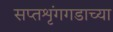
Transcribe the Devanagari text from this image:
सप्तशृंगगडाच्या